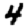
Digit: 4